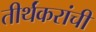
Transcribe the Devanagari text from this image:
तीर्थंकरांची